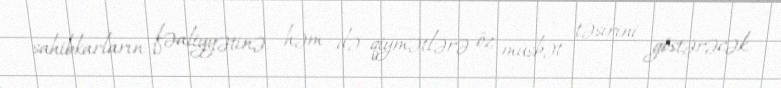
sahibkarların fəaliyyətinə, həm də qiymətlərə öz müsbət təsirini göstərəcək.